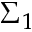
\Sigma _ { 1 }